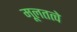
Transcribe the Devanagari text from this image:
मूलतत्वे